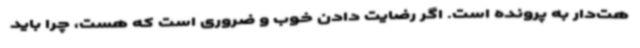
هت‌دار به پرونده است. اگر رضایت دادن خوب و ضروری است که هست، چرا باید